Annual report of the Civil Veterinary Department, Bengal, for the year 1895-96 - 1895-1896
Year: 1895
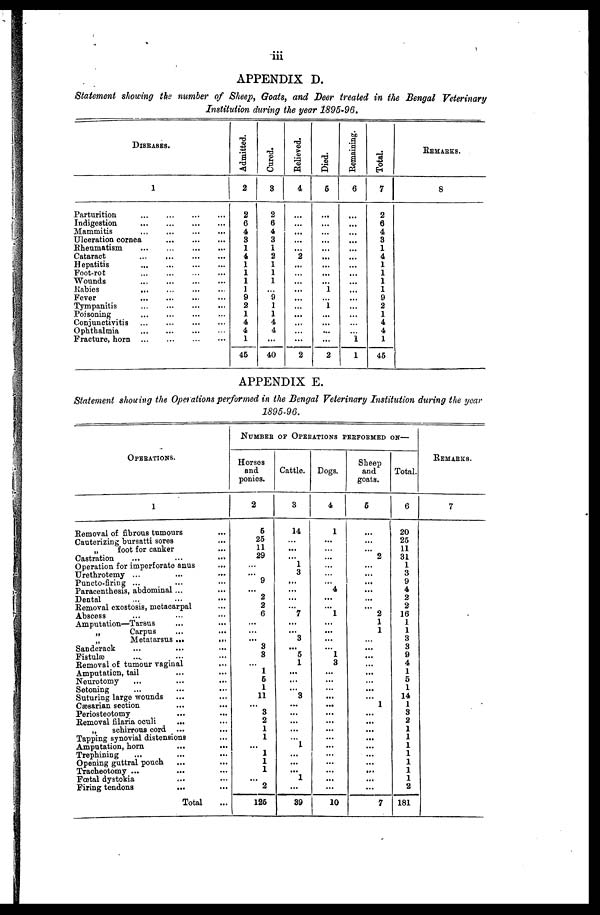
iii
APPENDIX D.
Statement showing the number of Sheep, Goats, and Deer treated in the Bengal Veterinary
Institution during the year 1895-96.
DISEASES.
1
Parturition ... ... ... ...
Indigestion ... ... ... ...
Mammitis ... ... ... ...
Ulceration cornea ... ... ...
Rheumatism
...
... ... ...
Cataract
...
... ... ...
Hepatitis ... ... ... ...
Foot-rot ... ... ... ...
Wounds
...
... ... ...
Rabies ... ... ... ...
Fever ... ... ... ...
Tympanitis
... ... ... ...
Poisoning ... ... ... ...
Conjunctivitis ... ... ... ...
Ophthalmia ... ... ... ...
Fracture, horn ... ... ... ...
Admitted.
2
2
6
4
3
1
4
1
1
1
1
9
2
1
4
4
1
45
Cured.
3
2
6
4
3
1
2
1
1
1
...
9
1
1
4
4
...
40
Relieved.
4
...
...
...
...
...
...
...
...
...
...
...
...
...
...
...
...
2
Died.
5
...
...
...
...
...
...
...
...
...
1
...
1
...
...
...
...
2
Remaining.
6
...
...
...
...
...
...
...
...
...
...
...
...
...
...
...
1
1
Total.
7
2
6
4
3
1
4
1
1
1
1
9
2
1
4
4
1
45
REMARKS.
8
APPENDIX E.
Statement showing the Operations performed in the Bengal Veterinary Institution during the year
1895-96.
OPERATIONS.
1
Removal of fibrous tumours ...
Cautorizing bursatti sores ...
„
foot for canker ...
Castration ... ... ...
Operation for imperforate anus ...
Urethrotomy ... ... ...
Puncto-firing ... ... ...
Paracenthesis, abdominal ... ...
Dental ... ... ...
Removal exostosis, metacarpal ...
Abscess ... ... ...
Amputation—Tarsus ... ...
„
Carpus ... ...
„
Metatarsus ... ...
Sandcrack ... ... ...
Fistulæ ... ... ...
Removal of tumour vaginal
...
Amputation, tail ... ...
Neurotomy ... ... ...
Setoning ... ... ...
Suturing large wounds ... ...
Cæsarian section ... ...
Periosteotomy ... ...
Removal filaria oculi ... ...
„
schirrous cord ... ...
Tapping synovial distensions ...
Amputation, horn ... ...
Trephining ... ... ...
Opening guttral pouch ... ...
Tracheotomy ... ... ...
Foetal dystokia ... ...
Firing tendons
... ...
Total ...
NUMBER OF OPERATIONS PERFORMED ON
Horses
and
ponies.
2
6
25
11
29
...
...
9
...
2
2
6
...
...
...
3
3
...
1
6
1
11
...
3
2
1
1
...
1
1
1
...
2
125
Cattle.
3
14
...
...
...
1
3
...
...
...
...
7
...
...
3
...
5
1
...
...
...
3
...
...
...
...
...
1
...
...
...
1
...
39
Dogs.
4
1
...
...
...
...
...
...
4
...
...
1
...
...
...
...
1
3
...
...
...
...
...
...
...
...
...
...
...
...
...
...
...
10
Sheep
and
goats.
6
...
...
...
2
...
...
...
...
...
...
2
1
1
...
...
...
...
...
...
...
...
1
...
...
...
...
...
...
...
...
...
...
7
Total.
6
20
25
11
31
1
3
9
4
2
2
16
1
1
3
3
9
4
1
5
1
14
1
3
2
1
1
1
1
1
1
1
2
181
REMARKS.
7